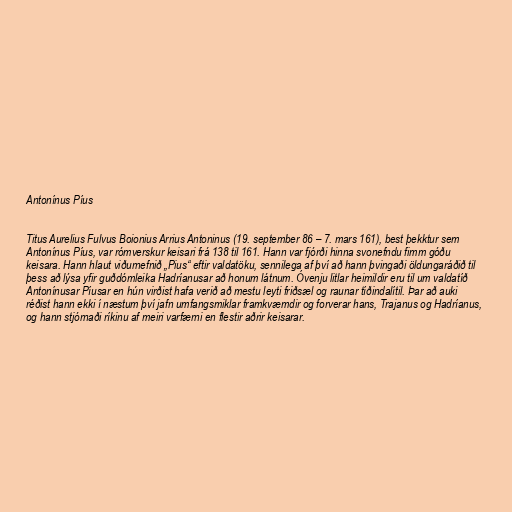
Antonínus Píus

Titus Aurelius Fulvus Boionius Arrius Antoninus (19. september 86 – 7. mars 161), best þekktur sem
Antonínus Píus, var rómverskur keisari frá 138 til 161. Hann var fjórði hinna svonefndu fimm góðu
keisara. Hann hlaut viðurnefnið „Pius“ eftir valdatöku, sennilega af því að hann þvingaði öldungaráðið til
þess að lýsa yfir guðdómleika Hadríanusar að honum látnum. Óvenju litlar heimildir eru til um valdatíð
Antonínusar Píusar en hún virðist hafa verið að mestu leyti friðsæl og raunar tíðindalítil. Þar að auki
réðist hann ekki í næstum því jafn umfangsmiklar framkvæmdir og forverar hans, Trajanus og Hadríanus,
og hann stjórnaði ríkinu af meiri varfærni en flestir aðrir keisarar.